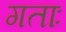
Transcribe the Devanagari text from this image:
गताः